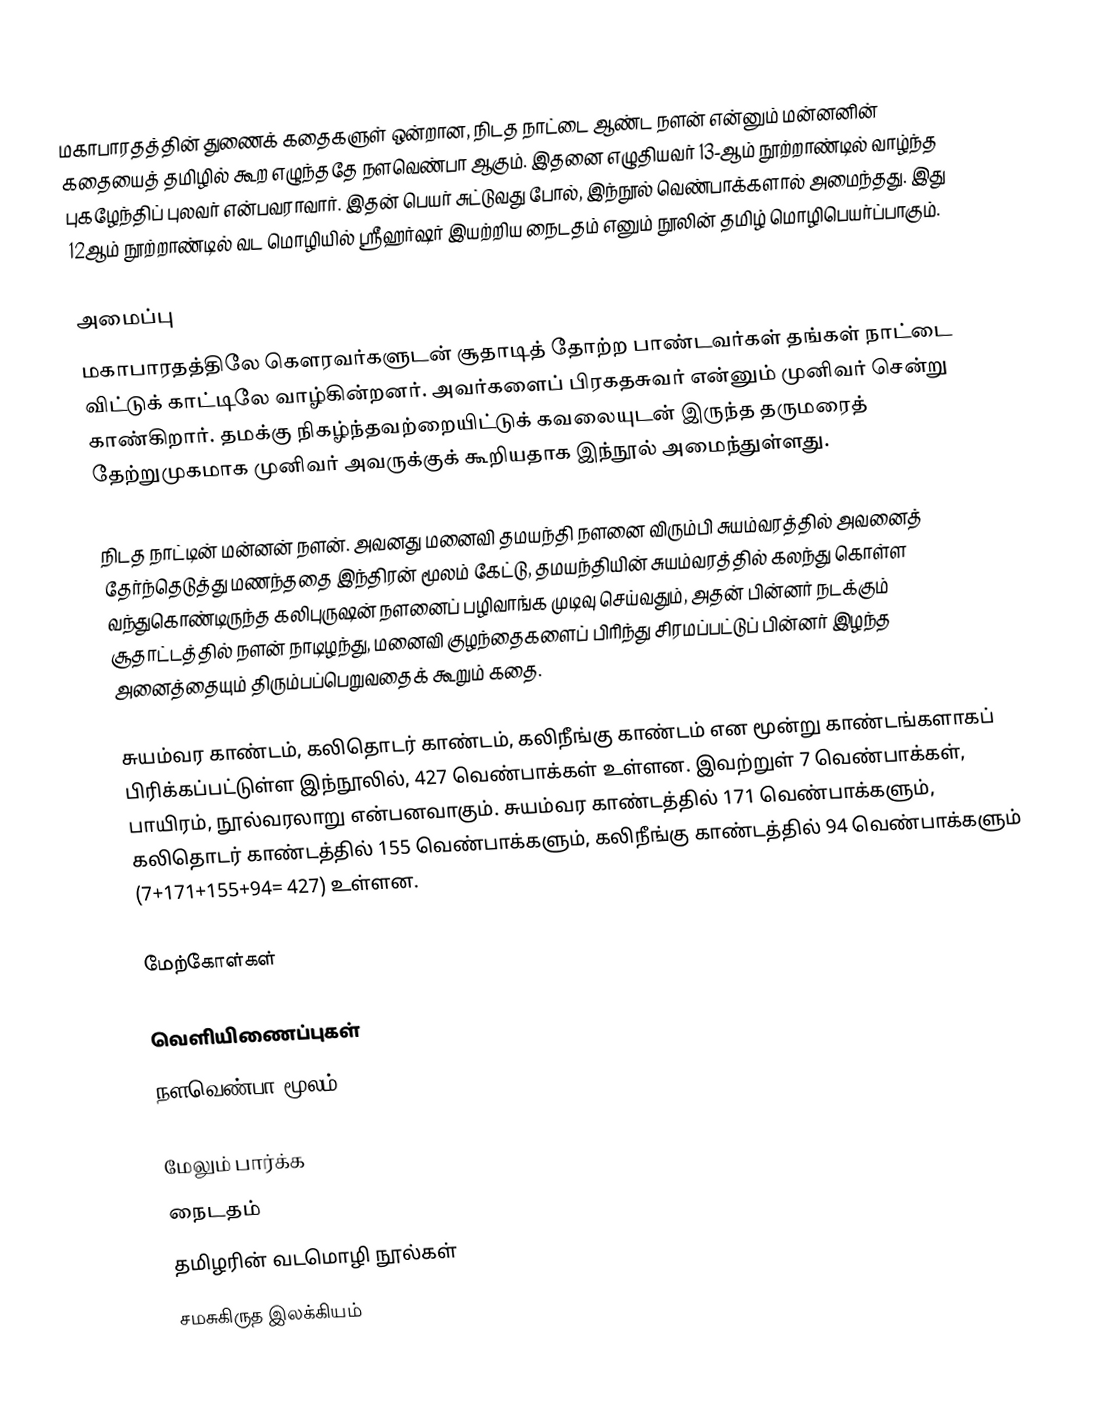
மகாபாரதத்தின் துணைக் கதைகளுள் ஒன்றான, நிடத நாட்டை ஆண்ட நளன் என்னும் மன்னனின் கதையைத் தமிழில் கூற எழுந்ததே நளவெண்பா ஆகும். இதனை எழுதியவர் 13-ஆம் நூற்றாண்டில் வாழ்ந்த புகழேந்திப் புலவர் என்பவராவார். இதன் பெயர் சுட்டுவது போல், இந்நூல் வெண்பாக்களால் அமைந்தது. இது 12ஆம் நூற்றாண்டில் வட மொழியில் ஸ்ரீஹர்ஷர் இயற்றிய நைடதம் எனும் நூலின் தமிழ் மொழிபெயர்ப்பாகும்.

அமைப்பு
மகாபாரதத்திலே கௌரவர்களுடன் சூதாடித் தோற்ற பாண்டவர்கள் தங்கள் நாட்டை விட்டுக் காட்டிலே வாழ்கின்றனர். அவர்களைப் பிரகதசுவர் என்னும் முனிவர் சென்று காண்கிறார். தமக்கு நிகழ்ந்தவற்றையிட்டுக் கவலையுடன் இருந்த தருமரைத் தேற்றுமுகமாக முனிவர் அவருக்குக் கூறியதாக இந்நூல் அமைந்துள்ளது.

நிடத நாட்டின் மன்னன் நளன். அவனது மனைவி தமயந்தி நளனை விரும்பி சுயம்வரத்தில் அவனைத் தேர்ந்தெடுத்து மணந்ததை இந்திரன் மூலம் கேட்டு, தமயந்தியின் சுயம்வரத்தில் கலந்து கொள்ள வந்துகொண்டிருந்த கலிபுருஷன் நளனைப் பழிவாங்க முடிவு செய்வதும், அதன் பின்னர் நடக்கும் சூதாட்டத்தில் நளன் நாடிழந்து, மனைவி குழந்தைகளைப் பிரிந்து சிரமப்பட்டுப் பின்னர் இழந்த அனைத்தையும் திரும்பப்பெறுவதைக் கூறும் கதை.

சுயம்வர காண்டம், கலிதொடர் காண்டம், கலிநீங்கு காண்டம் என மூன்று காண்டங்களாகப் பிரிக்கப்பட்டுள்ள இந்நூலில், 427 வெண்பாக்கள் உள்ளன. இவற்றுள் 7 வெண்பாக்கள், பாயிரம், நூல்வரலாறு என்பனவாகும். சுயம்வர காண்டத்தில் 171 வெண்பாக்களும், கலிதொடர் காண்டத்தில் 155 வெண்பாக்களும், கலிநீங்கு காண்டத்தில் 94 வெண்பாக்களும் (7+171+155+94= 427) உள்ளன.

மேற்கோள்கள்

வெளியிணைப்புகள்
 நளவெண்பா மூலம்

மேலும் பார்க்க
 நைடதம்
தமிழரின் வடமொழி நூல்கள்
சமசுகிருத இலக்கியம்